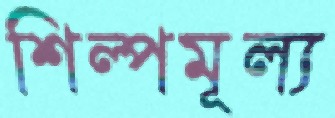
শিল্পমূল্য